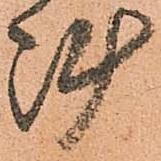
陣